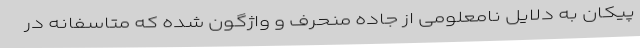
پیکان به دلایل نامعلومی از جاده منحرف و واژگون شده که متاسفانه در